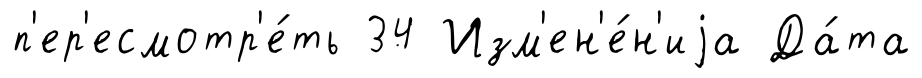
п'ер'есмотр'е́ть 34 Изм'ен'е́н'иjа Да́та